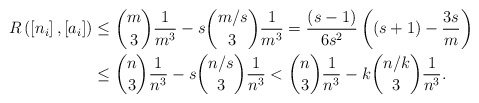
\begin{align*}R\left( \left[ n_{i}\right] ,\left[ a_{i}\right] \right) & \leq\binom{m}{3}\frac{1}{m^{3}}-s\binom{m/s}{3}\frac{1}{m^{3}}=\frac{\left(s-1\right) }{6s^{2}}\left( \left( s+1\right) -\frac{3s}{m}\right) \\& \leq\binom{n}{3}\frac{1}{n^{3}}-s\binom{n/s}{3}\frac{1}{n^{3}}<\binom{n}{3}\frac{1}{n^{3}}-k\binom{n/k}{3}\frac{1}{n^{3}}.\end{align*}